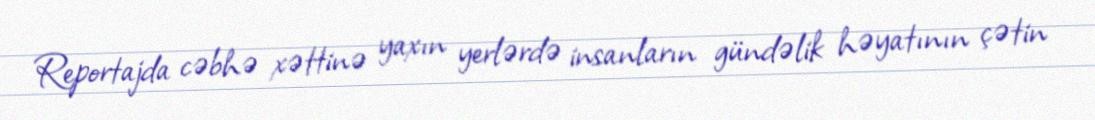
Reportajda cəbhə xəttinə yaxın yerlərdə insanların gündəlik həyatının çətin